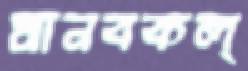
মানবকল্